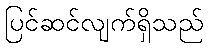
ပြင်ဆင်လျက်ရှိသည်